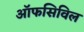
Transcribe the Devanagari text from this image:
ऑफसिविल